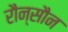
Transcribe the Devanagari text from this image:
रौन्सौन